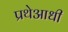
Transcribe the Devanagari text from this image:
प्रथेआधी